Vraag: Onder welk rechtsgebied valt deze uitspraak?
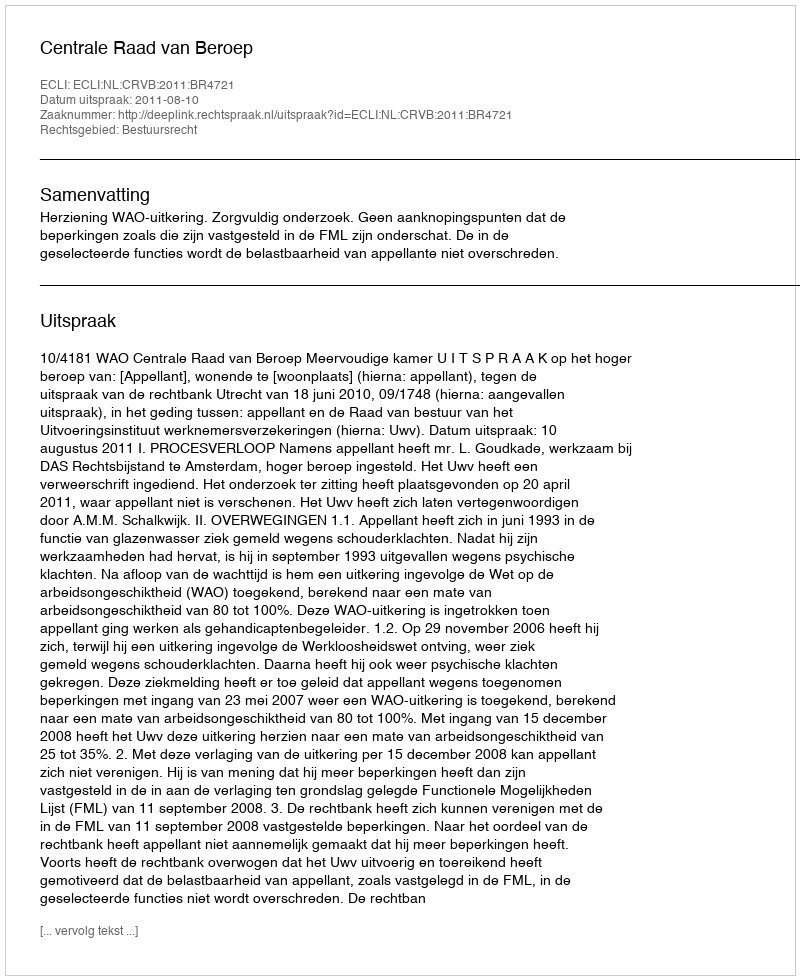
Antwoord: Bestuursrecht